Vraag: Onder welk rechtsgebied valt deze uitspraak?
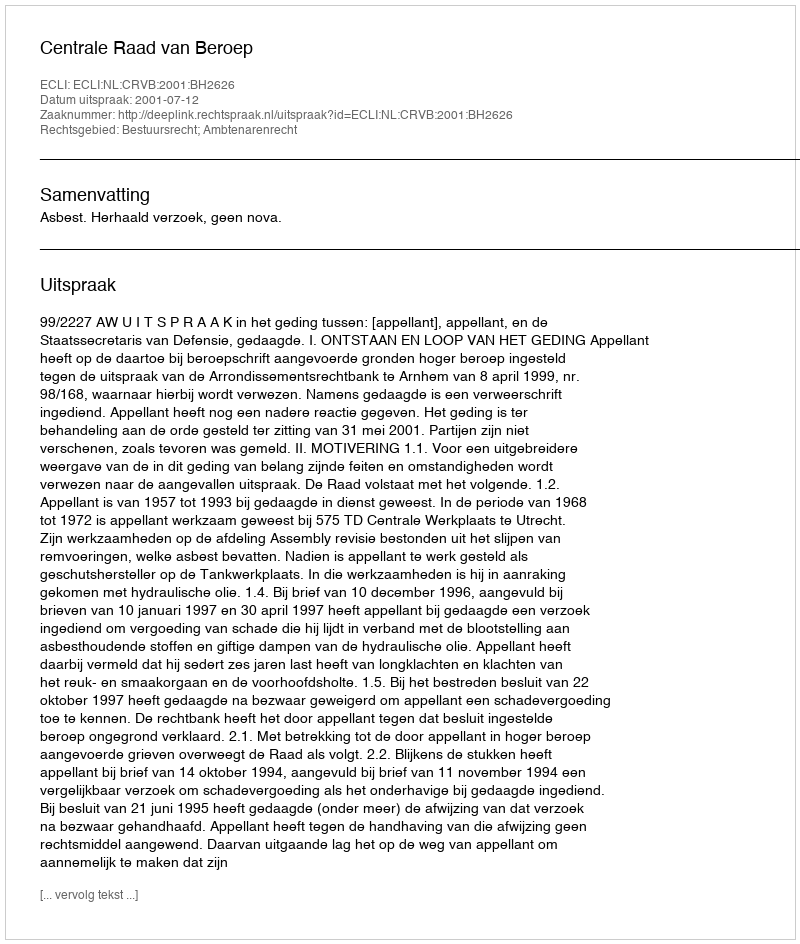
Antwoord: Bestuursrecht; Ambtenarenrecht